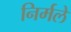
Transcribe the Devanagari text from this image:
निर्मले